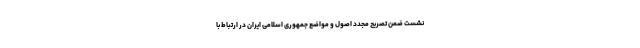
نشست ضمن تصریح مجدد اصول و مواضع جمهوری اسلامی ایران در ارتباط با